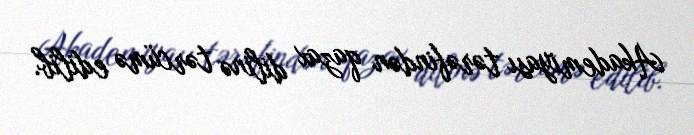
Akademiyası tərəfindən qazax dilinə tərcümə edilib.